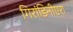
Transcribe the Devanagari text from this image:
गिरांडिनीएरा